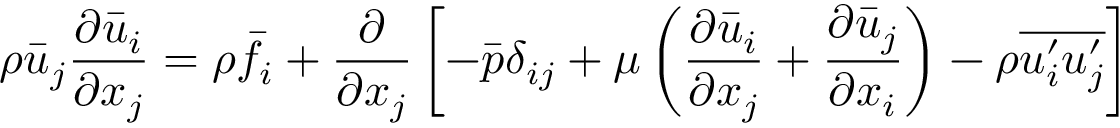
{ \rho } \Bar { u } _ { j } \frac { { \partial } \Bar { u } _ { i } } { { \partial } x _ { j } } = { \rho } \Bar { f } _ { i } + \frac { \partial } { { \partial } x _ { j } } \left[ - \Bar { p } \delta _ { i j } + \mu \left( \frac { { \partial } \Bar { u } _ { i } } { { \partial } x _ { j } } + \frac { { \partial } \Bar { u } _ { j } } { { \partial } x _ { i } } \right) - { \rho } \overline { { u _ { i } ^ { \prime } u _ { j } ^ { \prime } } } \right]